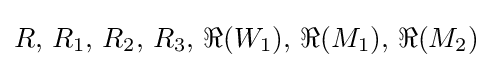
R,\,R_{1},\,R_{2},\,R_{3},\,\Re (W_{1}),\,\Re (M_{1}),\,\Re (M_{2})